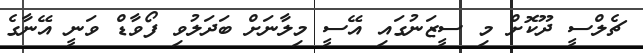
ޗެލްސީ ދޫކޮށް މި ސީޒަނުގައި އޭސީ މިލާނަށް ބަދަލުވި ފޯވާޑް ވަނީ އޭނާގެ